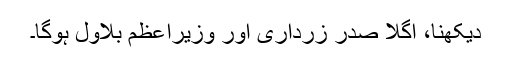
دیکھنا، اگلا صدر زرداری اور وزیراعظم بلاول ہوگا۔